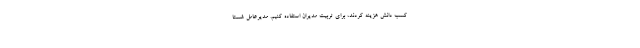
کسب دانش هزینه کردند، برای تربیت مدیران استفاده کنیم. مدیرعامل شستا